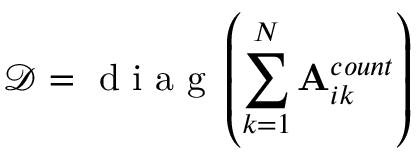
\mathcal { D } = \mathrm { ~ d ~ i ~ a ~ g ~ } \left( \sum _ { k = 1 } ^ { N } \mathbf { A } _ { i k } ^ { c o u n t } \right)